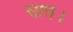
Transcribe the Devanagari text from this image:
साप।